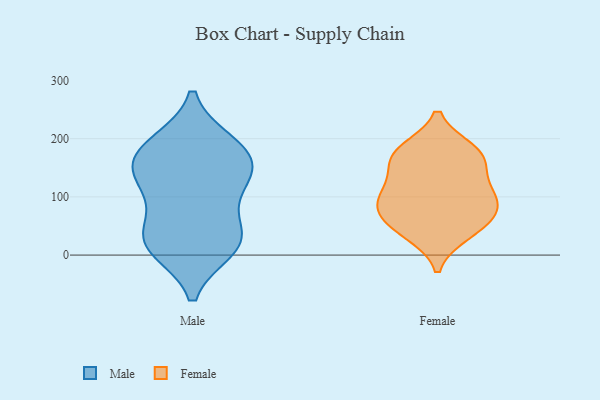
{"axis": {"x": "Churn Rate (%)", "y": "Value"}, "legend": ["Female", "Male"], "data": [{"x": "", "y": 172, "type": "Male"}, {"x": "", "y": 153, "type": "Male"}, {"x": "", "y": 14, "type": "Male"}, {"x": "", "y": 135, "type": "Male"}, {"x": "", "y": 191, "type": "Male"}, {"x": "", "y": 99, "type": "Male"}, {"x": "", "y": 158, "type": "Male"}, {"x": "", "y": 39, "type": "Male"}, {"x": "", "y": 23, "type": "Male"}, {"x": "", "y": 34, "type": "Male"}, {"x": "", "y": 11, "type": "Male"}, {"x": "", "y": 192, "type": "Male"}, {"x": "", "y": 120, "type": "Male"}, {"x": "", "y": 45, "type": "Female"}, {"x": "", "y": 162, "type": "Female"}, {"x": "", "y": 37, "type": "Female"}, {"x": "", "y": 61, "type": "Female"}, {"x": "", "y": 113, "type": "Female"}, {"x": "", "y": 180, "type": "Female"}, {"x": "", "y": 88, "type": "Female"}, {"x": "", "y": 90, "type": "Female"}, {"x": "", "y": 80, "type": "Female"}, {"x": "", "y": 177, "type": "Female"}, {"x": "", "y": 166, "type": "Female"}, {"x": "", "y": 119, "type": "Female"}]}